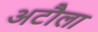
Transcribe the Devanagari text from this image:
अटौला